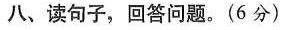
八、读句子，回答问题。(6分)